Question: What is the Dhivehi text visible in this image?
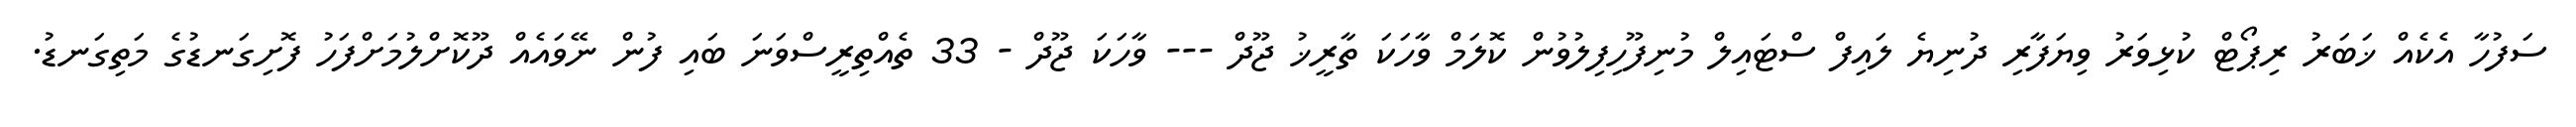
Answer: ސަފުހާ އެކެއް ޚަބަރު ރިޕޯޓް ކުޅިވަރު ވިޔަފާރި ދުނިޔެ ލައިފް ސްޓައިލް މުނިފޫހިފިލުވުން ކޮލަމް ވާހަކަ ތާރީޚު ޖޫދް --- ވާހަކަ ޖޫދް - 33 ތެއްތިރީސްވަނަ ބައި ފުން ނޭވައެއް ދޫކޮށްލުމަށްފަހު ފޮށިގަނޑުގެ މަތިގަނޑު.